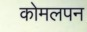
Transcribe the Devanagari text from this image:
कोमलपन